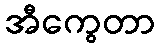
အီကွေတာ